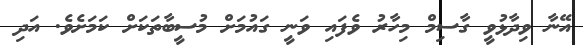
އޭނާ ވިދާޅުވީ ގާސިމް މިހާރު ވެފައި ވަނީ ގައުމަށް މުސީބާތަކަށް ކަމަށެވެ. އަދި